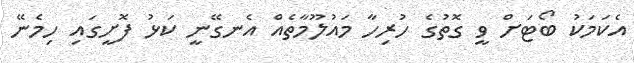
އެކަމަކު ބޯޓަށް ވީ ގޮތުގެ ހުރިހާ މައުލޫމާތެއް އެނގޭނީ ކަޅު ފޮށީގައި ހިމެނޭ